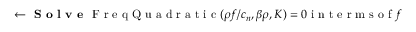
\gets \textbf { S o l v e } \textrm { F r e q Q u a d r a t i c } ( \rho f / c _ { n } , \beta \rho , K ) = 0 \textrm { i n t e r m s o f } f